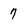
Character: 7